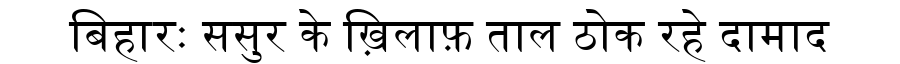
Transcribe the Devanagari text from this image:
बिहारः ससुर के ख़िलाफ़ ताल ठोक रहे दामाद